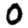
Digit: 0